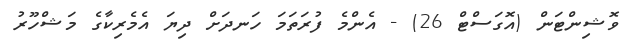
ވޮޝިންޓަން (އޮގަސްޓް 26) - އެންމެ ފުރަތަމަ ހަނދަށް ދިޔަ އެމެރިކާގެ މަޝްހޫރު